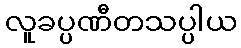
လူခပ္ပဏီတသပ္ပါယ